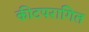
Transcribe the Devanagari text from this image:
कीटपरागित